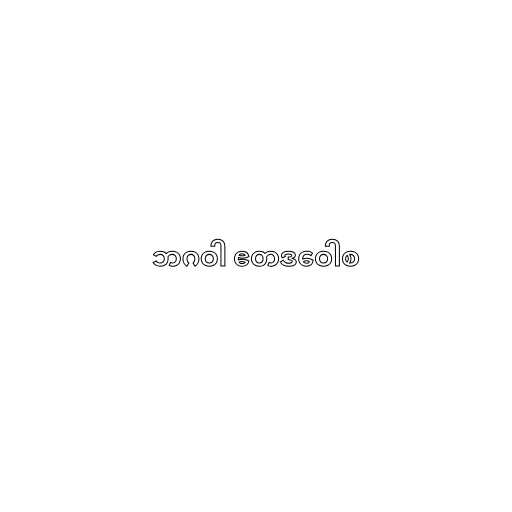
ဘဂဝါ ဧတဒဝေါစ